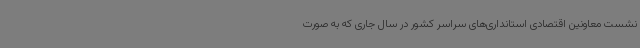
نشست معاونین اقتصادی استانداری‌های سراسر کشور در سال جاری که به صورت